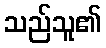
သည်သူ၏